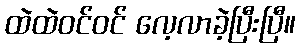
ထဲထဲဝင်ဝင် လေ့လာခဲ့ပြီးပြီ။